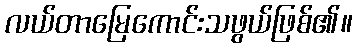
လယ်တာမြေကောင်းသဖွယ်ဖြစ်၏။